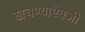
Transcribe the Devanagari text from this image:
खचण्याऐवजी